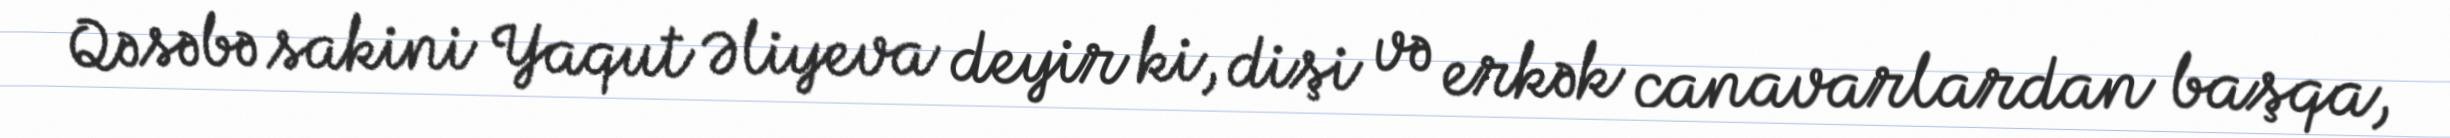
Qəsəbə sakini Yaqut Əliyeva deyir ki, dişi və erkək canavarlardan başqa,